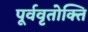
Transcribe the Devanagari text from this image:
पूर्ववृतोक्ति